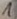
Text: 1